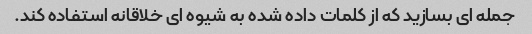
جمله ای بسازید که از کلمات داده شده به شیوه ای خلاقانه استفاده کند.